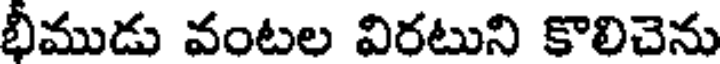
భీముడు వంటల విరటుని కొలిచెను